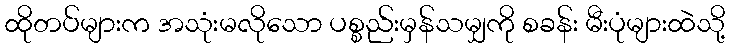
ထိုတပ်များက အသုံးမလိုသော ပစ္စည်းမှန်သမျှကို စခန်း မီးပုံများထဲသို့